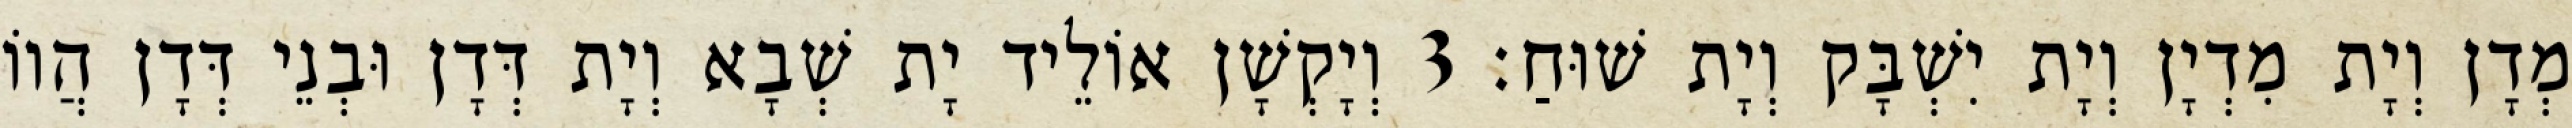
מְדָן וְיָת מִדְיָן וְיָת יִשְׁבָּק וְיָת שׁוּחַ׃ 3 וְיָקְשָׁן אוֹלֵיד יָת שְׁבָא וְיָת דְּדָן וּבְנֵי דְּדָן הֲווֹ